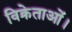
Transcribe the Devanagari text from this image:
विक्रेताओं।